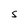
Character: s